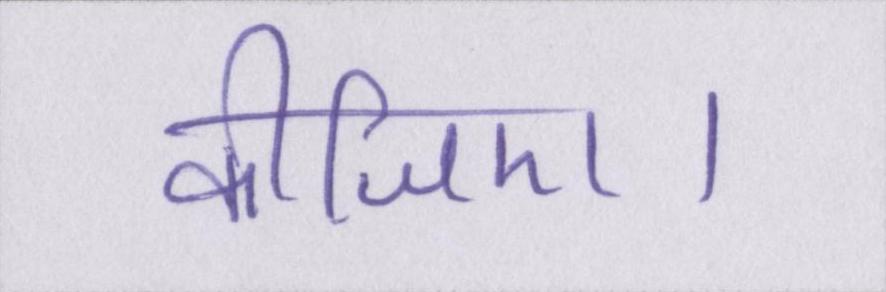
कीजिए।